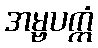
အမ္ဗပက္ကံ